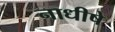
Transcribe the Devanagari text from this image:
नाधीषे